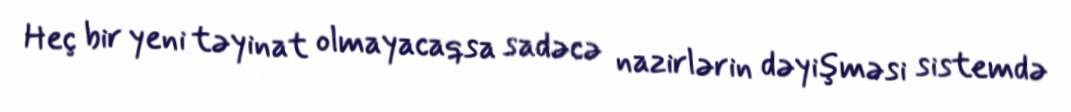
Heç bir yeni təyinat olmayacaqsa sadəcə nazirlərin dəyişməsi sistemdə